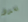
تسدد